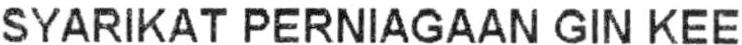
SYARIKAT PERNIAGAAN GIN KEE